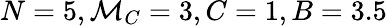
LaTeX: N=5,\mathcal{M}_{C}=3,C=1,B=3.5